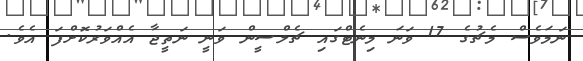
ނަމަވެސް މެޗުގެ 17 ވަނަ މިނެޓްގައި ޗެލްސީން ވަނީ ނަތީޖާ އެއްވަރުކޮށްފަ އެވެ.